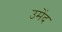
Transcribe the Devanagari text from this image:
उमेंद